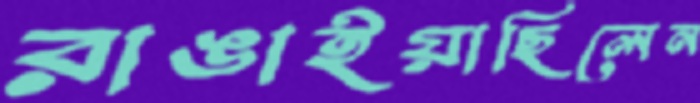
রাঙাইয়াছিলেন